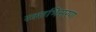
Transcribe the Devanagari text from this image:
रक्तभिसरण